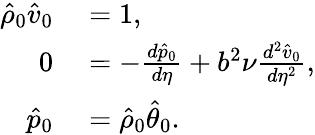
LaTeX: \begin{array}{rl}{\hat{\rho}_{0}\hat{v}_{0}}&{{}=1,}\\ {0}&{{}=-\frac{d\hat{p}_{0}}{d\eta}+b^{2}\nu\frac{d^{2}\hat{v}_{0}}{d\eta^{2}},}\\ {\hat{p}_{0}}&{{}=\hat{\rho}_{0}\hat{\theta}_{0}.}\end{array}